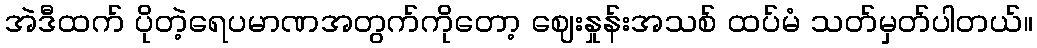
အဲဒီထက် ပိုတဲ့ရေပမာဏအတွက်ကိုတော့ ဈေးနှုန်းအသစ် ထပ်မံ သတ်မှတ်ပါတယ်။